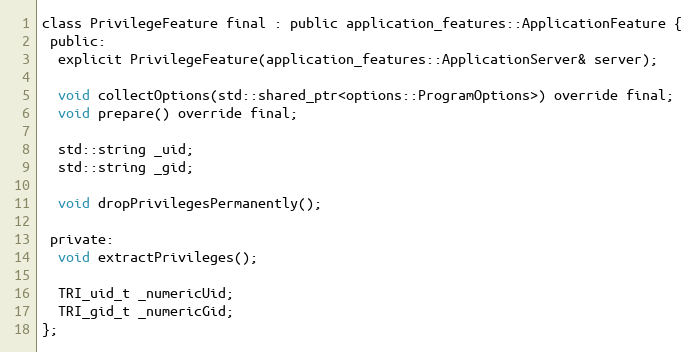
Language: C
class PrivilegeFeature final : public application_features::ApplicationFeature {
 public:
  explicit PrivilegeFeature(application_features::ApplicationServer& server);

  void collectOptions(std::shared_ptr<options::ProgramOptions>) override final;
  void prepare() override final;

  std::string _uid;
  std::string _gid;

  void dropPrivilegesPermanently();

 private:
  void extractPrivileges();

  TRI_uid_t _numericUid;
  TRI_gid_t _numericGid;
};